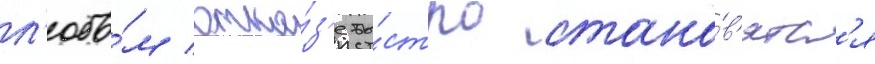
л'юбо́м отка́з'е бы́стро стано́в'ятс'я